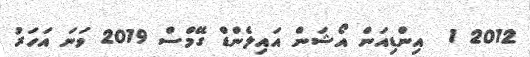
2012 1  އިންޑިއަން އޯޝަން އައިލެންޑް ގޭމްސް 2019 ވަނަ އަހަރު